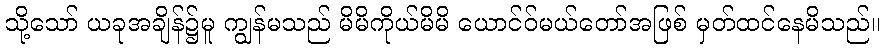
သို့သော် ယခုအချိန်၌မူ ကျွန်မသည် မိမိကိုယ်မိမိ ယောင်ဝ်မယ်တော်အဖြစ် မှတ်ထင်နေမိသည်။